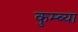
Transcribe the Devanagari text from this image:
कुम्ब्या